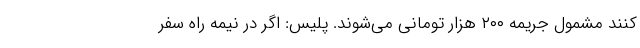
کنند مشمول جریمه ۲۰۰ هزار تومانی می‌شوند. پلیس: اگر در نیمه راه سفر